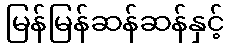
မြန်မြန်ဆန်ဆန်နှင့်